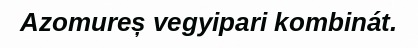
Azomureș vegyipari kombinát.